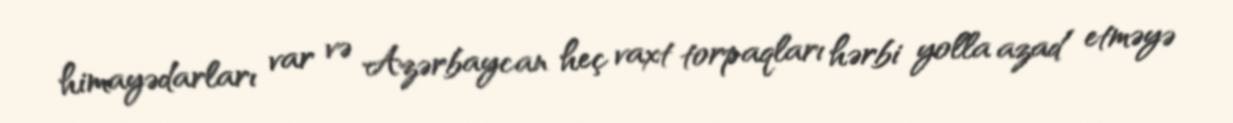
himayədarları var və Azərbaycan heç vaxt torpaqları hərbi yolla azad etməyə